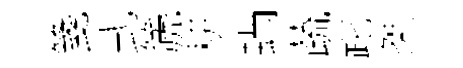
箋式篪耕蝸蔬跎桀